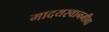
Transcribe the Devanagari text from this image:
मादयस्वानमीवा